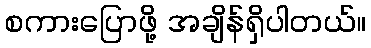
စကားပြောဖို့ အချိန်ရှိပါတယ်။